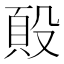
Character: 𭮷